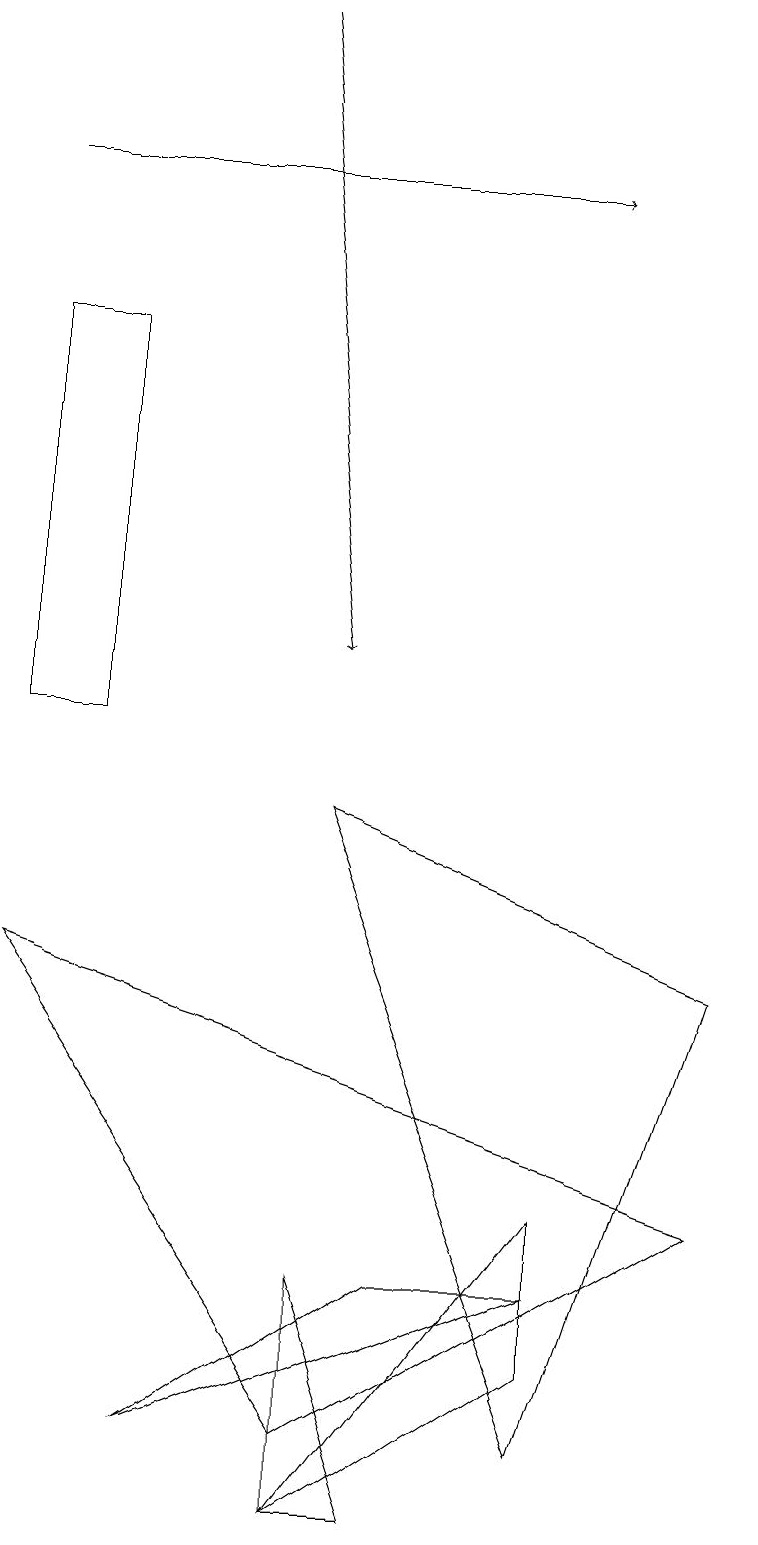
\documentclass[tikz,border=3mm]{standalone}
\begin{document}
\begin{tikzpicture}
\draw (4,9) -- (9,7) -- (7,1) -- cycle;
\draw[->] (0,17) -- (7,17);
\draw (7,2) -- (4,0) -- (7,4) -- cycle;
\draw (4,0) -- (5,0) -- (4,3) -- cycle;
\draw (7,3) -- (2,1) -- (5,3) -- cycle;
\draw (4,1) -- (0,7) -- (9,4) -- cycle;
\draw[->] (3,19) -- (4,11);
\draw (1,10) rectangle (0,15);
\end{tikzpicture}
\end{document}